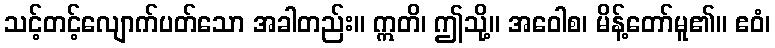
သင့်တင့်လျောက်ပတ်သော အခါတည်း။ ဣတိ၊ ဤသို့။ အဝေါစ၊ မိန့်တော်မူ၏။ ဧဝံ၊